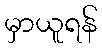
မှာယူရန်